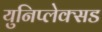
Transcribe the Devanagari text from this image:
युनिप्लेक्सड